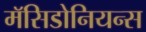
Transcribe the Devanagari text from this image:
मॅसिडोनियन्स